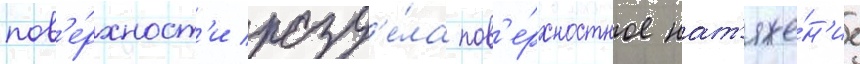
пов'е́рхност'и разд'е́ла пов'е́рхностное нат'яже́н'ие